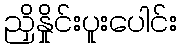
ညှိနှိုင်းပူးပေါင်း